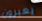
يعبرون